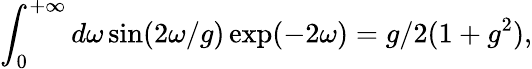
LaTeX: \int_{0}^{+\infty}d\omega\sin(2\omega/g)\exp(-2\omega)=g/2(1+g^{2}),